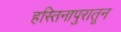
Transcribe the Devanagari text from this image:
हस्तिनापुरातून